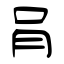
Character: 肙